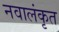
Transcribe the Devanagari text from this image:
नवालंकृत